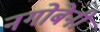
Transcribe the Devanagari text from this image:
नगोबेनी